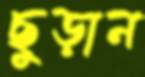
ছুড়ান